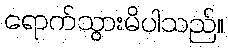
ရောက်သွားမိပါသည်။